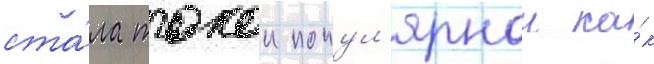
ста́ла такои попул'ярнои ка́к